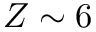
Z \sim 6